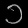
Digit: ၁